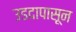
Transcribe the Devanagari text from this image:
उडदापासून